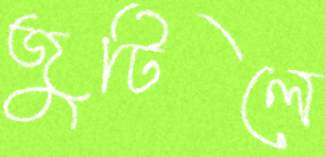
জুটিলে